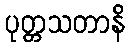
ပုတ္တသတာနိ